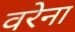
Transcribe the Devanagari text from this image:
वरेना